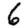
Digit: 6